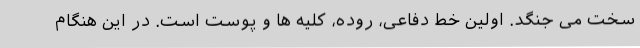
سخت می جنگد. اولین خط دفاعی، روده، کلیه ها و پوست است. در این هنگام